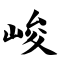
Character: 峻